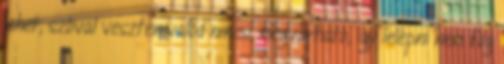
lehet, szóval vesztenivalód nincs, megvárható, így lelépni nem fog